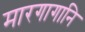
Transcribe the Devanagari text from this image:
मारगागानि